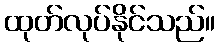
ထုတ်လုပ်နိုင်သည်။